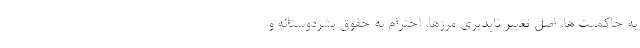
به حاکمیت ها، اصل تغییر ناپذیری مرزها، احترام به حقوق بشردوستانه و